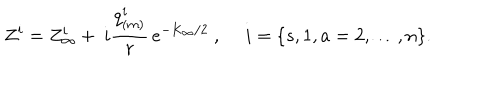
LaTeX: Z ^ { i } = Z _ { \infty } ^ { i } + ~ i { \frac { q _ { ( m ) } ^ { i } } { r } } \, e ^ { - K _ { \infty } / 2 } \ , ~ ~ i = \{ s , 1 , a = 2 , \dots , n \} .